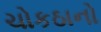
ચોકઠાનો